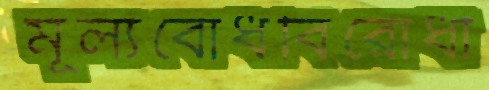
মূল্যবোধবিরোধী